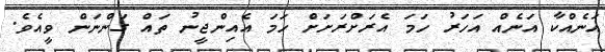
އަނެއްކާ އަނެއް އަހަރު ހަމަ އެރަށްރަށަށް ހަމަ އެއިންޖީނު ތައް ގަންނަން ވީއެވެ.